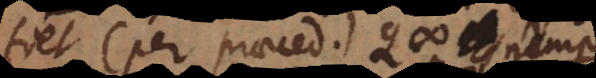
fiet (per praeced.) Q #